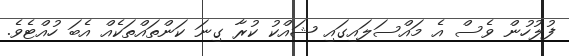
ފުލުހުން ވެސް އެ މައްސަލައިގައި ޝައްކު ކުރާ ގިނަ ކަންތައްތަކެއް އެބަ ހުއްޓެވެ.